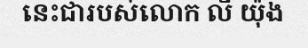
នេះជារបស់លោក លី យ៉ុង